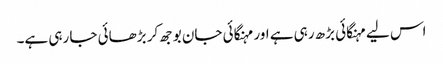
اس لیے مہنگائی بڑھ رہی ہے اور مہنگائی جان بوجھ کر بڑھائی جا رہی ہے۔